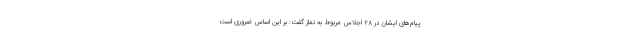
پیام‌های ایشان در ۲۸ اجلاس مربوط به نماز گفت: بر این اساس ضروری است